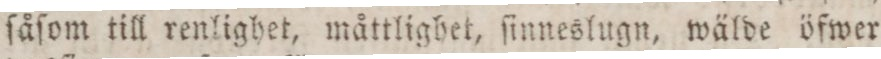
ſåſom till renlighet, måttlighet, ſinneslugn, wälde öfwer